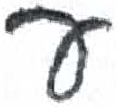
אות: ע